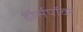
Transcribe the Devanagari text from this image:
हौर्सपॉवर